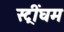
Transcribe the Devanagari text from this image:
स्ट्रींघम